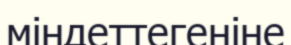
міндеттегеніне